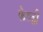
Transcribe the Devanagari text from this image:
फेव्ज़ी